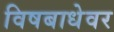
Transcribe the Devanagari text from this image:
विषबाधेवर